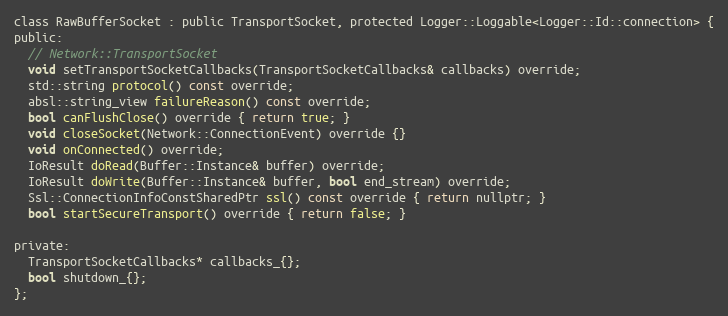
Language: C
class RawBufferSocket : public TransportSocket, protected Logger::Loggable<Logger::Id::connection> {
public:
  // Network::TransportSocket
  void setTransportSocketCallbacks(TransportSocketCallbacks& callbacks) override;
  std::string protocol() const override;
  absl::string_view failureReason() const override;
  bool canFlushClose() override { return true; }
  void closeSocket(Network::ConnectionEvent) override {}
  void onConnected() override;
  IoResult doRead(Buffer::Instance& buffer) override;
  IoResult doWrite(Buffer::Instance& buffer, bool end_stream) override;
  Ssl::ConnectionInfoConstSharedPtr ssl() const override { return nullptr; }
  bool startSecureTransport() override { return false; }

private:
  TransportSocketCallbacks* callbacks_{};
  bool shutdown_{};
};